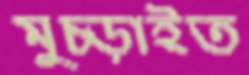
মুচ্‌ড়াইত